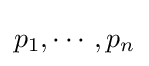
p_{1},\cdots ,p_{n}